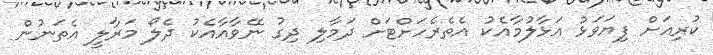
ކުރިއަށް ފިޔަވަޅު އަޅާލުމާއެކު އެތެރެހަށްޓަށް ދަމާލި ދިގު ނޭވާއާއެކު ދެލޯ މަރާލީ އެތަނުން